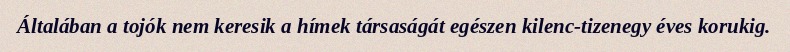
Általában a tojók nem keresik a hímek társaságát egészen kilenc-tizenegy éves korukig.